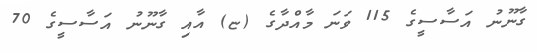
ގާނޫނު އަސާސީގެ 115 ވަނަ މާއްދާގެ (ޏ) އާއި ގާނޫނު އަސާސީގެ 70